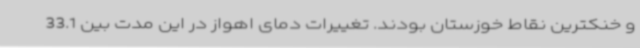
و خنکترین نقاط خوزستان بودند. تغییرات دمای اهواز در این مدت بین 33.1